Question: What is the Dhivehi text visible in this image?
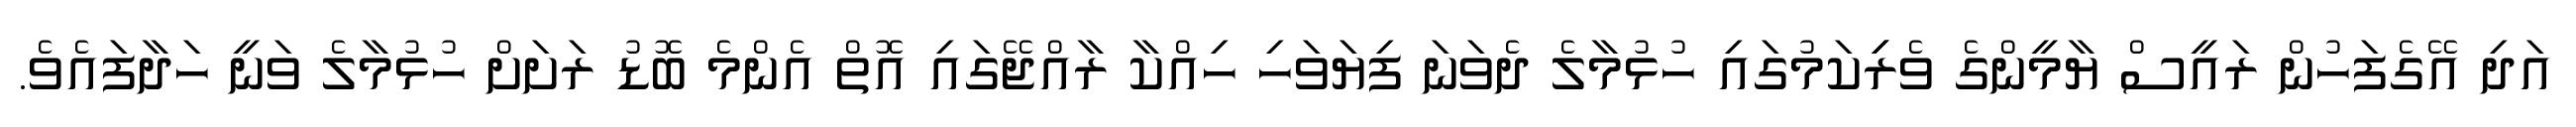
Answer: އަދި އޭގެފަހުން ރައީސް ޔާމީންގެ ވެރިިކަމުގައި ހުޅުމާލެ ދެވަނަ ފިޔަވަހި ހިއްކާ ރާއްޖޭގައި އޮތް އެންމެ ބޮޑު ރަށަށް ހުޅުމާލެ ވަނީ ހަދާފައެވެ.